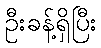
ဦးခန့်ရှိပြီး